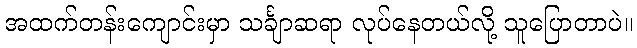
အထက်တန်းကျောင်းမှာ သင်္ချာဆရာ လုပ်နေတယ်လို့ သူပြောတာပဲ။